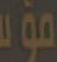
مؤت